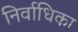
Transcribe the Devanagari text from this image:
निर्वाधिका